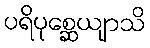
ပရိပုစ္ဆေယျာသိ